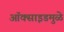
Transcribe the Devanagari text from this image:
ऑक्साइडमुळे